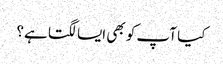
کیا آپ کو بھی ایسا لگتا ہے؟